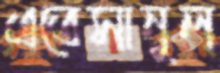
এতেসানুল